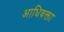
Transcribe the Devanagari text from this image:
आधिवक्ता